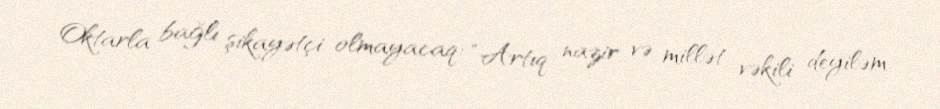
Oktarla bağlı şikayətçi olmayacaq: “Artıq nazir və millət vəkili deyiləm.